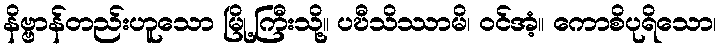
နိဗ္ဗာန်တည်းဟူသော မြို့ကြီးသို့။ ပဎီသိဿာမိ၊ ဝင်အံ့။ ကောစိပုရိသော၊